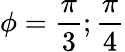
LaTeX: \phi=\frac{\pi}{3};\frac{\pi}{4}